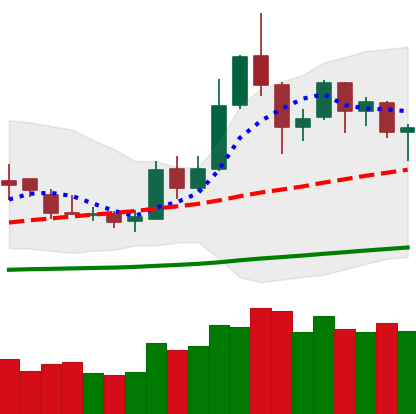
Ticker: DOGE-USD
Chart end date: 2019-05-23
Forward return: 6.315%
Label: up_5_7